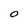
Character: O